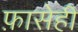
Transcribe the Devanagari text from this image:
फ़ासेही